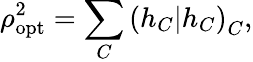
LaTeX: \rho_{\mathrm{opt}}^{2}=\sum_{C}\left(h_{C}|h_{C}\right)_{C},